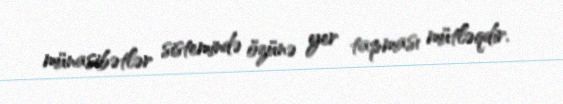
münasibətlər sistemində özünə yer tapması mütləqdir.